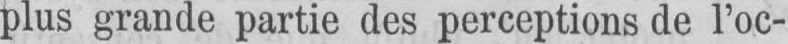
plus grande partie des perceptions de l’oc-